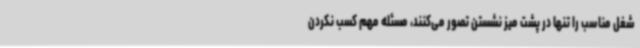
شغل مناسب را تنها در پشت میز نشستن تصور می‌کنند، مسئله مهم کسب نکردن